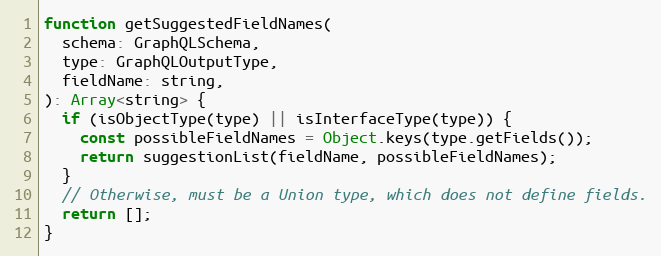
Language: JavaScript
function getSuggestedFieldNames(
  schema: GraphQLSchema,
  type: GraphQLOutputType,
  fieldName: string,
): Array<string> {
  if (isObjectType(type) || isInterfaceType(type)) {
    const possibleFieldNames = Object.keys(type.getFields());
    return suggestionList(fieldName, possibleFieldNames);
  }
  // Otherwise, must be a Union type, which does not define fields.
  return [];
}